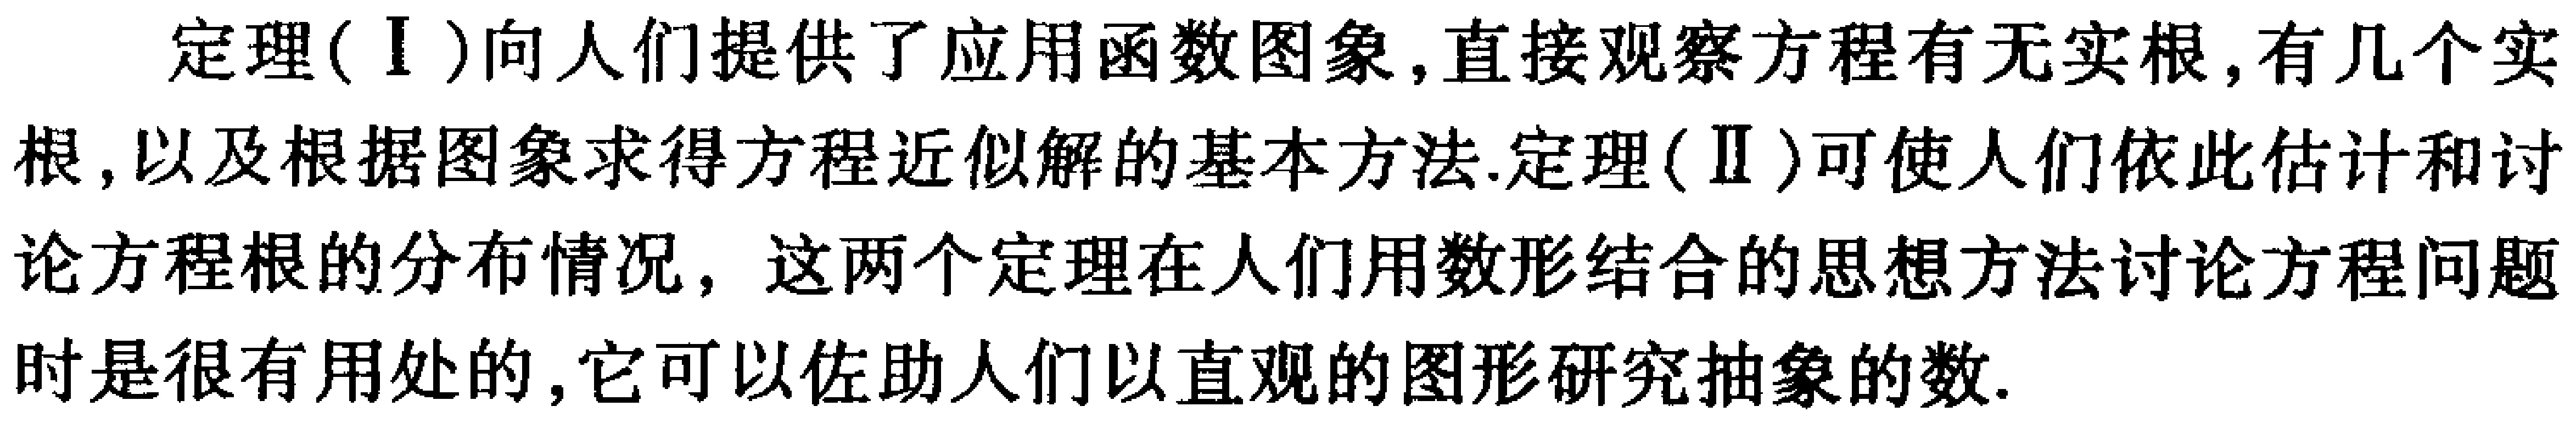
定理(Ⅰ)向人们提供了应用函数图象,直接观察方程有无实根,有几个实根,以及根据图象求得方程近似解的基本方法.定理(Ⅱ)可使人们依此估计和讨论方程根的分布情况，这两个定理在人们用数形结合的思想方法讨论方程问题时是很有用处的,它可以佐助人们以直观的图形研究抽象的数.